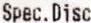
SPEC. DISC